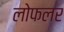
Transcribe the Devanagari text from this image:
लोफलर